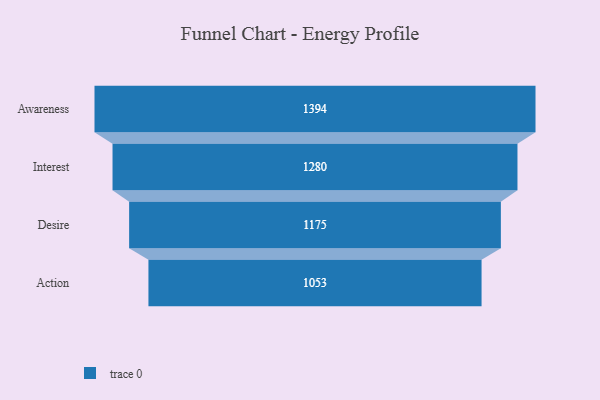
{"axis": {"x": "Stage", "y": "Value"}, "legend": [""], "data": [{"x": "Awareness", "y": 1394.0, "type": ""}, {"x": "Interest", "y": 1280.0, "type": ""}, {"x": "Desire", "y": 1175.0, "type": ""}, {"x": "Action", "y": 1053.0, "type": ""}]}